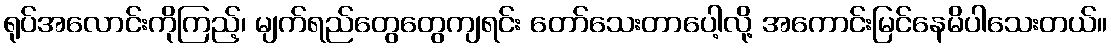
ရုပ်အလောင်းကိုကြည့်၊ မျက်ရည်တွေတွေကျရင်း တော်သေးတာပေါ့လို့ အကောင်းမြင်နေမိပါသေးတယ်။